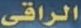
الراقي